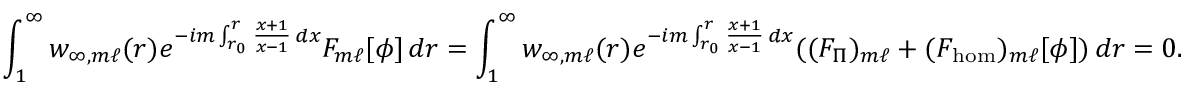
\int _ { 1 } ^ { \infty } w _ { \infty , m \ell } ( r ) e ^ { - i m \int _ { r _ { 0 } } ^ { r } \frac { x + 1 } { x - 1 } \, d x } F _ { m \ell } [ \phi ] \, d r = \int _ { 1 } ^ { \infty } w _ { \infty , m \ell } ( r ) e ^ { - i m \int _ { r _ { 0 } } ^ { r } \frac { x + 1 } { x - 1 } \, d x } ( ( F _ { \Pi } ) _ { m \ell } + ( F _ { \mathrm { h o m } } ) _ { m \ell } [ \phi ] ) \, d r = 0 .